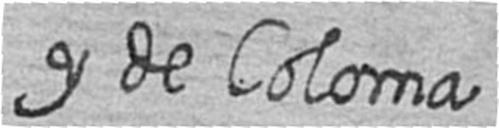
y de Coloma